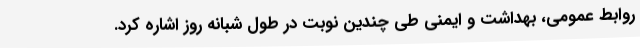
روابط عمومی، بهداشت و ایمنی طی چندین نوبت در طول شبانه روز اشاره کرد.